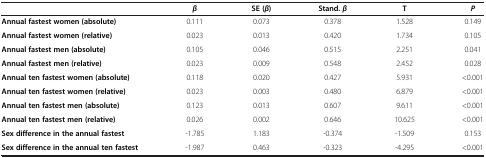
|  | β | SE ( β ) | Stand. β | T | P |
 | --- | --- | --- | --- | --- | --- |
 | Annual fastest women (absolute) | 0.111 | 0.073 | 0.378 | 1.528 | 0.149 |
 | Annual fastest women (relative) | 0.023 | 0.013 | 0.420 | 1.734 | 0.105 |
 | Annual fastest men (absolute) | 0.105 | 0.046 | 0.515 | 2.251 | 0.041 |
 | Annual fastest men (relative) | 0.023 | 0.009 | 0.548 | 2.452 | 0.028 |
 | Annual ten fastest women (absolute) | 0.118 | 0.020 | 0.427 | 5.931 | <0.001 |
 | Annual ten fastest women (relative) | 0.023 | 0.003 | 0.480 | 6.879 | <0.001 |
 | Annual ten fastest men (absolute) | 0.123 | 0.013 | 0.607 | 9.611 | <0.001 |
 | Annual ten fastest men (relative) | 0.026 | 0.002 | 0.646 | 10.625 | <0.001 |
 | Sex difference in the annual fastest | -1.785 | 1.183 | -0.374 | -1.509 | 0.153 |
 | Sex difference in the annual ten fastest | -1.987 | 0.463 | -0.323 | -4.295 | <0.001 |